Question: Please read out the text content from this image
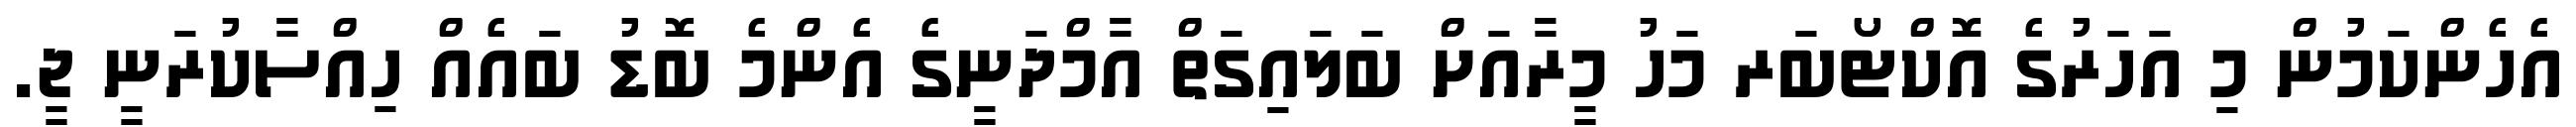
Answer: އެހެންކަމުން މި އަހަރުގެ އޮކްޓޯބަރ މަހު މީރާއަށް ބަލައިގަތް އާމްދަނީގެ އެންމެ ބޮޑު ބައެއް ހިއްސާކުރަނީ ޖީ.